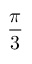
\frac { \pi } { 3 }